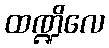
ထဏ္ဍိလေ